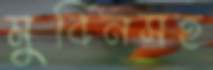
মুবিনসহ